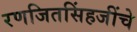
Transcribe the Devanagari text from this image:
रणजितसिंहजींचे